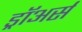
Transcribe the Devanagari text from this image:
ड्रॉअर्स